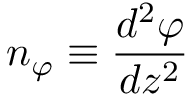
n _ { \varphi } \equiv { \frac { d ^ { 2 } \varphi } { d z ^ { 2 } } }